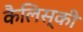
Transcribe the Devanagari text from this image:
कैलिस्की